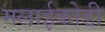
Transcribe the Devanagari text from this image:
मलाईकोडी